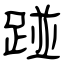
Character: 踫